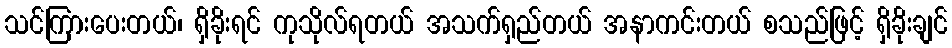
သင်ကြားပေးတယ်၊ ရှိခိုးရင် ကုသိုလ်ရတယ် အသက်ရှည်တယ် အနာကင်းတယ် စသည်ဖြင့် ရှိခိုးချင်